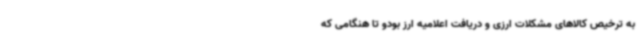
به ترخیص کالاهای مشکلات ارزی و دریافت اعلامیه ارز بودو تا هنگامی که